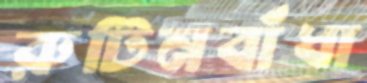
রুটিনবাঁধা